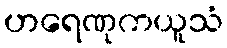
ဟရေဏုကယူသံ